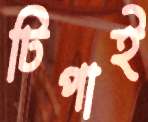
টিপাই